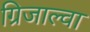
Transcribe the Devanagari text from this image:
ग्रिजाल्वा